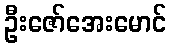
ဦးဇော်အေးမောင်